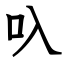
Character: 叺